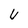
Character: U